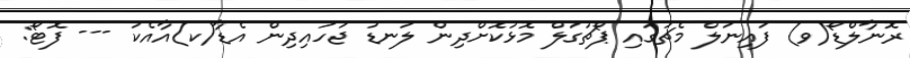
ރޮނާލްޑޯ(ވ) ފައިނަލް މެޗުގައި ޕޯޗުގަލް މޮޅުކޮށްދިން ލަނޑު ޖަހައިދިން އެޑާ(ކ)އާއެކު --- ފޮޓޯ: